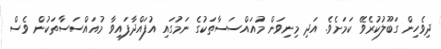
ދިވެހިން ގަބޫލުކުރެވޭ ކަމަށެވެ. އަދި މިނިވަން މުއައްސަސާތަކުގެ ނަމުގައި އުފައްދާފައިވާ މުއައްސަސާތަކުން ވެސް